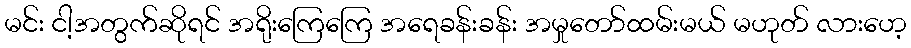
မင်း ငါ့အတွက်ဆိုရင် အရိုးကြေကြေ အရေခန်းခန်း အမှုတော်ထမ်းမယ် မဟုတ် လားဟေ့